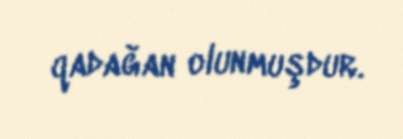
qadağan olunmuşdur.